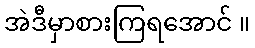
အဲဒီမှာစားကြရအောင် ။